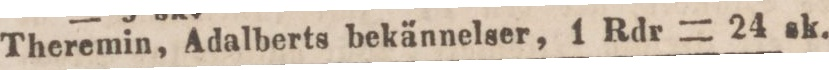
Theremin, Adalberts bekännelser, 1 Rdr = 24 sk.